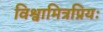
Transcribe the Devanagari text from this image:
विश्वामित्रप्रियः